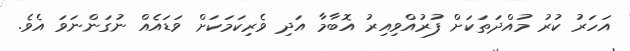
އަހަރު ކުރު މުއްދަތަކަށް ފުރުއްވިއިރު އޮބާމާ އަދި ވެރިކަމަކަށް ވަޑައެއް ނުގަންނަވަ އެވެ.